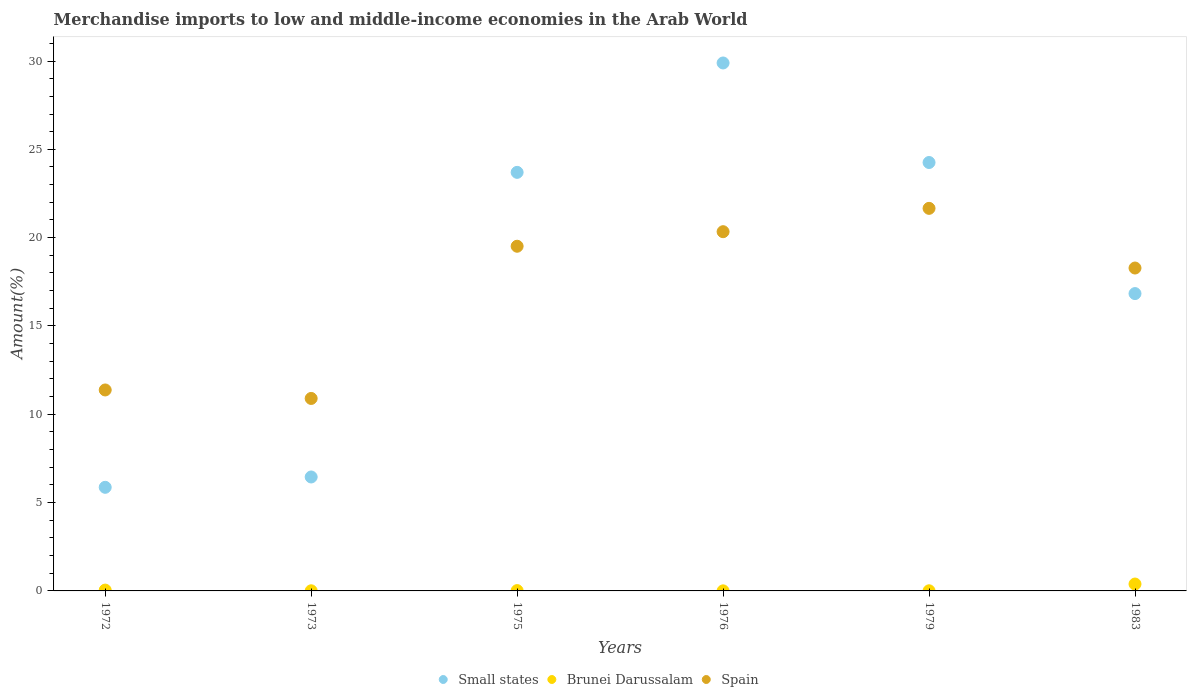
| Years | Small states | Brunei Darussalam | Spain |
 | --- | --- | --- | --- |
 | 1972 | 5.87 | 0.0469 | 11.4 |
 | 1973 | 6.45 | 0.00756 | 10.9 |
 | 1975 | 23.7 | 0.0183 | 19.5 |
 | 1976 | 29.9 | 0.00385 | 20.3 |
 | 1979 | 24.3 | 0.00757 | 21.7 |
 | 1983 | 16.8 | 0.39 | 18.3 |